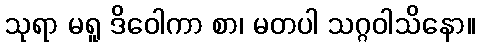
သုရာ မရူ ဒိဝေါကာ စာ၊ မတပါ သဂ္ဂဝါသိနော။